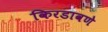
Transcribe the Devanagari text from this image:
किरडावणे